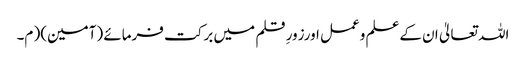
اللہ تعالیٰ ان کےعلم وعمل اورزورِ قلم میں برکت فرمائے (آمین)( م۔